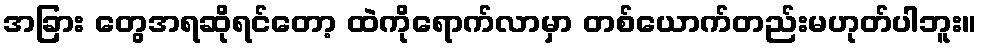
အခြား တွေအရဆိုရင်တော့ ထဲကိုရောက်လာမှာ တစ်ယောက်တည်းမဟုတ်ပါဘူး။